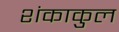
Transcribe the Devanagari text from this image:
शंकाकुल